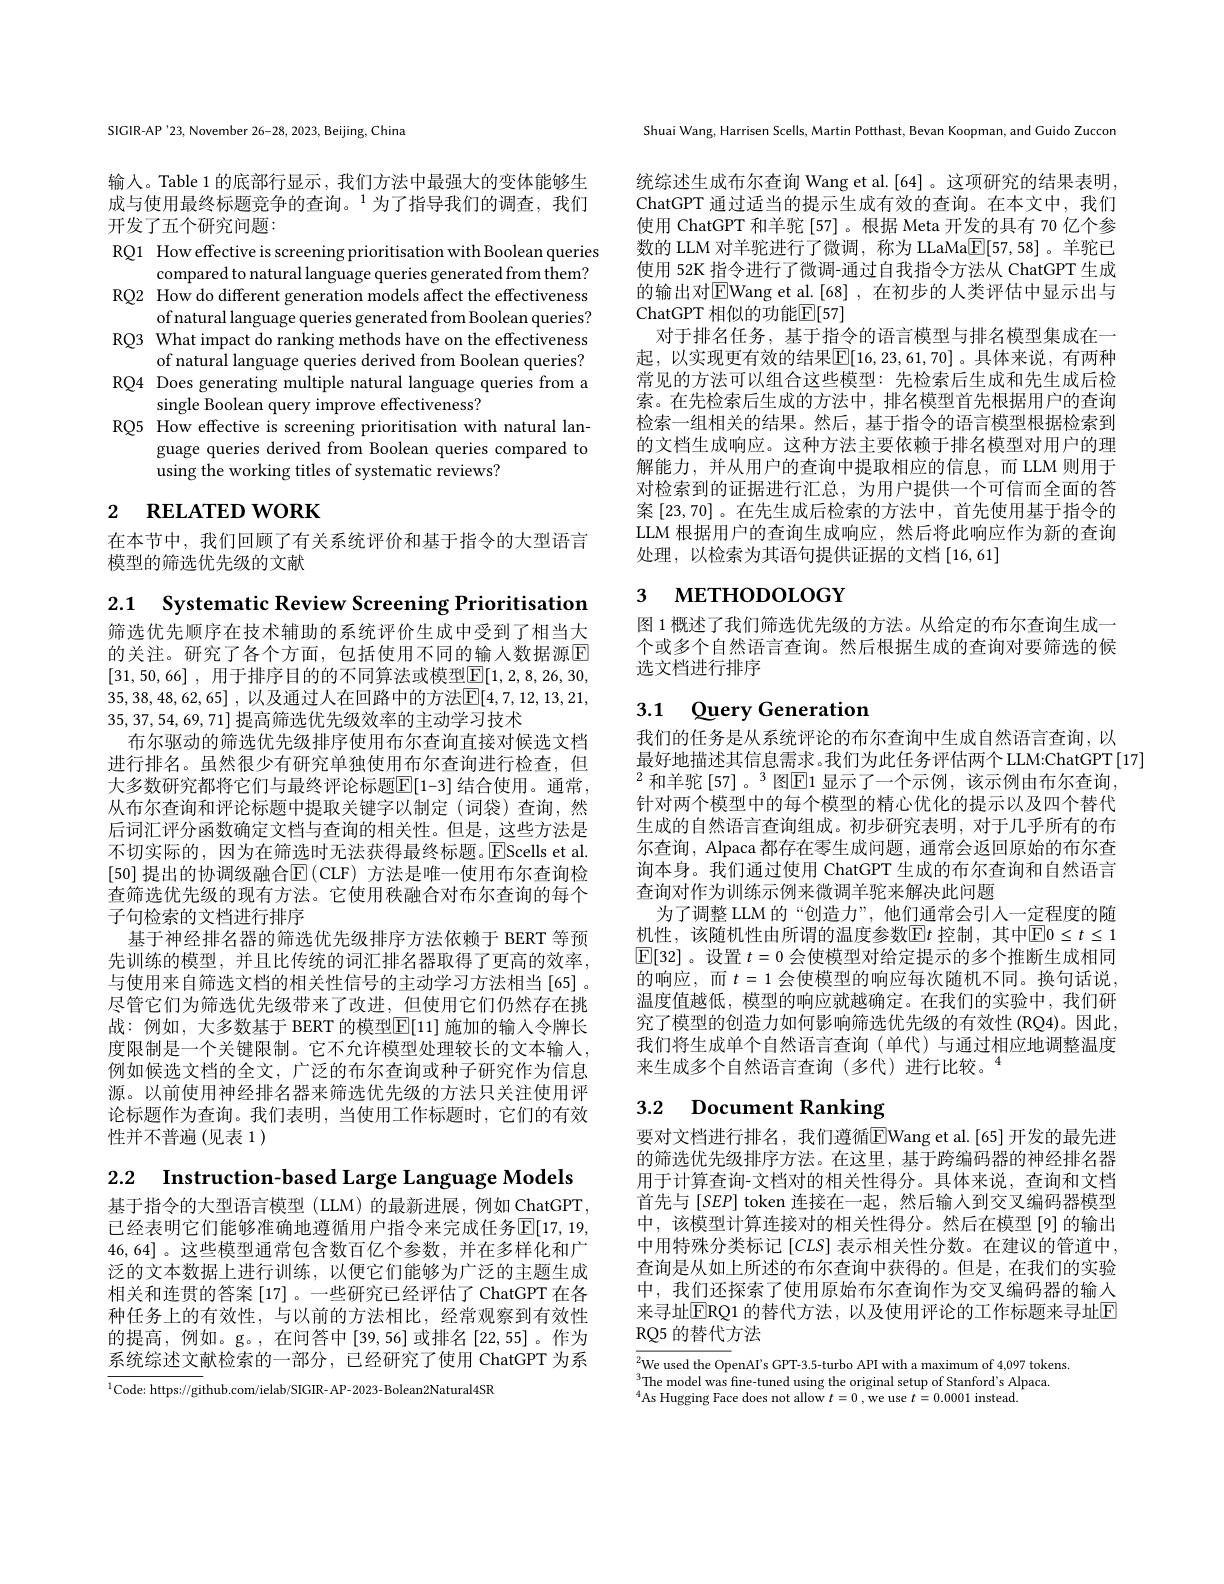
SIGIR-AP'23, November 26-28, 2023, Beijing, China

输人。Table 1 的底部行显示 , 我们方法中最强大的变体能够生成与使用最终标题竞争的查询。$^{1}$为了指导我们的调查，我们开发了五个研究问题：

RQ1 How effective is screening prioritisation with Boolean queries
compared to natural language queries generated from them? RQ2 How do different generation models affect the effectiveness
of natural language queries generated from Boolean queries? RQ3 What impact do ranking methods have on the effectiveness
of natural language queries derived from Boolean queries? RQ4 Does generating multiple natural language queries from a
single Boolean query improve effectiveness?
RQ5 How effective is screening prioritisation with natural lan-
guage queries derived from Boolean queries compared to
using the working titles of systematic reviews?

# 2 $\textbf{RELATED WORK}$

在本节中，我们回顾了有关系统评价和基于指令的大型语言
模型的筛选优先级的文献

2.1 Systematic Review Screening Prioritisation 筛选优先顺序在技术辅助的系统评价生成中受到了相当大的关注。研究了各个方面，包括使用不同的输入数据源$\overline{\mathrm{E}}$ [31,50,66] , 用于排序目的的不同算法或模型$\boxed{\mathrm{E}}[1,2,8,26,30$, 35,38,48,62,65] , 以及通过人在回路中的方法$\overline{\mathrm{E}}[4,7,12,13,21$, 35,37,54,69,71]提高筛选优先级效率的主动学习技术
布尔驱动的筛选优先级排序使用布尔查询直接对候选文档进行排名。虽然很少有研究单独使用布尔查询进行检查，但大多数研究都将它们与最终评论标题$\overline{\mathbb{E}}[1-3]$ 结合使用。通常， 从布尔查询和评论标题中提取关键字以制定(词袋)查询，然后词汇评分函数确定文档与查询的相关性。但是，这些方法是不切实际的，因为在筛选时无法获得最终标题。EScells et al. [50] 提出的协调级融合$\operatorname{E}(\operatorname{CLF})$ 方法是唯一使用布尔查询检查筛选优先级的现有方法。它使用秩融合对布尔查询的每个子句检索的文档进行排序
基于神经排名器的筛选优先级排序方法依赖于 BERT 等预先训练的模型，并且比传统的词汇排名器取得了更高的效率， 与使用来自筛选文档的相关性信号的主动学习方法相当[65] 。尽管它们为筛选优先级带来了改进，但使用它们仍然存在挑战：例如，大多数基于 BERT 的模型$\boxed{\mathrm{E}}[11]$ 施加的输入令牌长度限制是一个关键限制。它不允许模型处理较长的文本输人， 例如候选文档的全文，广泛的布尔查询或种子研究作为信息源。以前使用神经排名器来筛选优先级的方法只关注使用评论标题作为查询。我们表明，当使用工作标题时，它们的有效性并不普遍(见表 1)

2.2 $\textbf{Instruction- based Large Language Models}$

基于指令的大型语言模型 (LLM) 的最新进展，例如 ChatGPT, 已经表明它们能够准确地遵循用户指令来完成任务$\mathbb{E}[17,19$, 46,64]。这些模型通常包含数百亿个参数，并在多样化和广泛的文本数据上进行训练，以便它们能够为广泛的主题生成相关和连贯的答案[17] 。一些研究已经评估了 ChatGPT 在各种任务上的有效性，与以前的方法相比，经常观察到有效性的提高，例如。g。,在问答中[39,56]或排名[22,55]。作为系统综述文献检索的一部分，已经研究了使用 ChatGPT 为系

$^{1}$Code: https://github.com/ielab/SIGIR-AP-2023-Bolean2Natural4SR

Shuai Wang, Harrisen Scells, Martin Potthast, Bevan Koopman, and Guido Zuccon

统综述生成布尔查询 Wang et al.[64] 。这项研究的结果表明， ChatGPT 通过适当的提示生成有效的查询。在本文中，我们使用 ChatGPT 和羊驼 [57]。根据 Meta 开发的具有 70 亿个参数的 LLM 对羊驼进行了微调，称为 LLaMa$\boxed{\mathrm{F}}[57,58]$。羊驼已使用 52K 指令进行了微调-通过自我指令方法从 ChatGPT 生成的输出对$\overline{\mathrm{E}}$Wang et al.[68] ,在初步的人类评估中显示出与ChatGPT 相似的功能$\mathbb{E}[57]$
对于排名任务，基于指令的语言模型与排名模型集成在一起，以实现更有效的结果$\overline{\mathbb{E}}[16,23,61,70]$。具体来说，有两种常见的方法可以组合这些模型：先检索后生成和先生成后检索。在先检索后生成的方法中，排名模型首先根据用户的查询检索一组相关的结果。然后，基于指令的语言模型根据检索到的文档生成响应。这种方法主要依赖于排名模型对用户的理解能力，并从用户的查询中提取相应的信息，而 LLM 则用于对检索到的证据进行汇总，为用户提供一个可信而全面的答案[23,70]。在先生成后检索的方法中，首先使用基于指令的LLM 根据用户的查询生成响应，然后将此响应作为新的查询处理，以检索为其语句提供证据的文档[16,61]

# 3 мЕТНОDOLOGY

图 1 概述了我们筛选优先级的方法。从给定的布尔查询生成一个或多个自然语言查询。然后根据生成的查询对要筛选的候选文档进行排序

## 3.1 Query Generation

我们的任务是从系统评论的布尔查询中生成自然语言查询，以
最好地描述其信息需求。我们为此任务评估两个 LLM:ChatGPT[17]
$^{2}$ 和羊驼 [57]。$^{3}$ 图$\mathbb{E}$1 显示了一个示例，该示例由布尔查询， 针对两个模型中的每个模型的精心优化的提示以及四个替代生成的自然语言查询组成。初步研究表明，对于几乎所有的布尔查询，Alpaca 都存在零生成问题，通常会返回原始的布尔查询本身。我们通过使用 ChatGPT 生成的布尔查询和自然语言查询对作为训练示例来微调羊驼来解决此问题
为了调整 LLM 的“创造力”, 他们通常会引人一定程度的随机性，该随机性由所谓的温度参数$\boxed{\mathrm{E}}t$ 控制，其中$\boxed{\mathrm{E}}0\leq t\leq1$ $\mathbb{E}[$32]。设置$t=0$会使模型对给定提示的多个推断生成相同的响应，而$t=1$会使模型的响应每次随机不同。换句话说， 温度值越低，模型的响应就越确定。在我们的实验中，我们研究了模型的创造力如何影响筛选优先级的有效性 (RQ4)。因此， 我们将生成单个自然语言查询(单代)与通过相应地调整温度来生成多个自然语言查询(多代)进行比较。$^{4}$

# 3.2 Document Ranking

要对文档进行排名，我们遵循$\overline{\mathrm{E}}$Wang et al.[65]开发的最先进的筛选优先级排序方法。在这里，基于跨编码器的神经排名器用于计算查询-文档对的相关性得分。具体来说，查询和文档首先与$[SEP]$ token 连接在一起，然后输入到交叉编码器模型中，该模型计算连接对的相关性得分。然后在模型[9]的输出中用特殊分类标记[CLS] 表示相关性分数。在建议的管道中， 查询是从如上所述的布尔查询中获得的。但是，在我们的实验中，我们还探索了使用原始布尔查询作为交叉编码器的输入来寻址$\overline{\mathrm{ERQ1}}$ 的替代方法，以及使用评论的工作标题来寻址$\overline{\mathrm{F}}$ RQ5 的替代方法

$\begin{array}{l}{{\sqrt{2}\text{We used the Op}}}\text{enAI's GPT-3.5-turbo API with a maximum of 4,097 tokens.}\\{^{3}\text{The model was fine-tuned using the original setup of Stanford's Alpaca.}}\end{array}$
$^{4}$As Hugging Face does not allow $t=0$ , we use $t=0.0001$ instead.